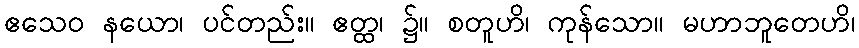
ဧသေဝ နယော၊ ပင်တည်း။ ဧတ္ထ၊ ၌။ စတူဟိ၊ ကုန်သော။ မဟာဘူတေဟိ၊